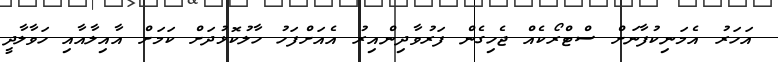
އަހަރު އެމަނިކުފާނަށް ސްޓްރޯކެއް ޖެހިގެން ފަރުވާދިންއިރު އެއަށްފަހު ހާލުކޮޅުދަށް ކަމަށް އާއިލާއާއި ހަވާލާދީ